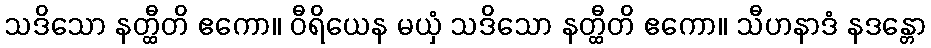
သဒိသော နတ္ထီတိ ဧကော။ ဝီရိယေန မယှံ သဒိသော နတ္ထီတိ ဧကော။ သီဟနာဒံ နဒန္တော